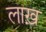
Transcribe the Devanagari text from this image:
लाख़